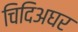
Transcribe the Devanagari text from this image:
चिदिअघर